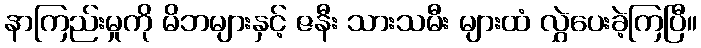
နာကြည်းမှုကို မိဘများနှင့် ဇနီး သားသမီး များထံ လွှဲပေးခဲ့ကြပြီ။